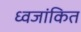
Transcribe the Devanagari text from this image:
ध्वजांकित